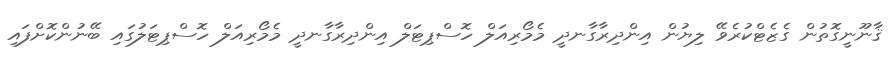
ޤާނޫނީގޮތުން ގެޒެޓްކުރެވޭ ލިޔުން އިންދިރާގާނދީ މެމޯރިއަލް ހޮސްޕިޓަލް އިންދިރާގާނދީ މެމޯރިއަލް ހޮސްޕިޓަލުގައި ބޭނުންކޮށްފައި